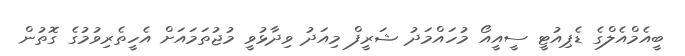
ބީއެމްއެލްގެ ޑެޕިއުޓީ ސީއީއޯ މުހައްމަދު ޝަރީފް މިއަދު ވިދާޅުވީ މުޖުތަމައަށް އެހީތެރިވުމުގެ ގޮތުން